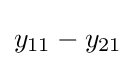
y_{11}-y_{21}